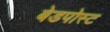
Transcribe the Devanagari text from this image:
बेडपोस्ट